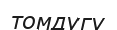
томдугу